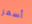
أسمر